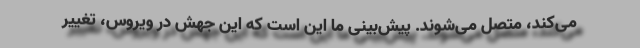
می‌کند، متصل می‌شوند. پیش‌بینی ما این است که این جهش در ویروس، تغییر